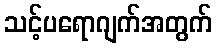
သင့်ပရောဂျက်အတွက်